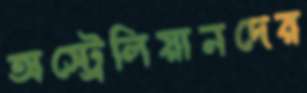
অস্ট্রেলিয়ানদের